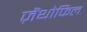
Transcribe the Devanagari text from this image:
ज़ैंथोफिल